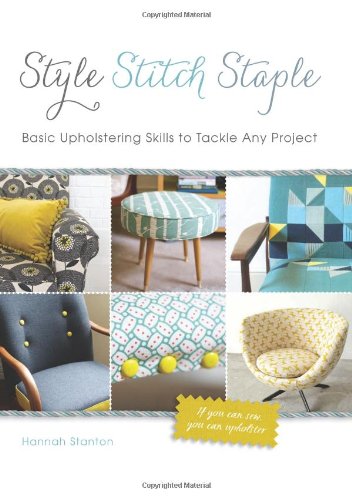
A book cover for Style, Stitch, Staple: Basic Upholstering Skills to Tackle Any Project; Hannah Stanton; Crafts, Hobbies & Home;